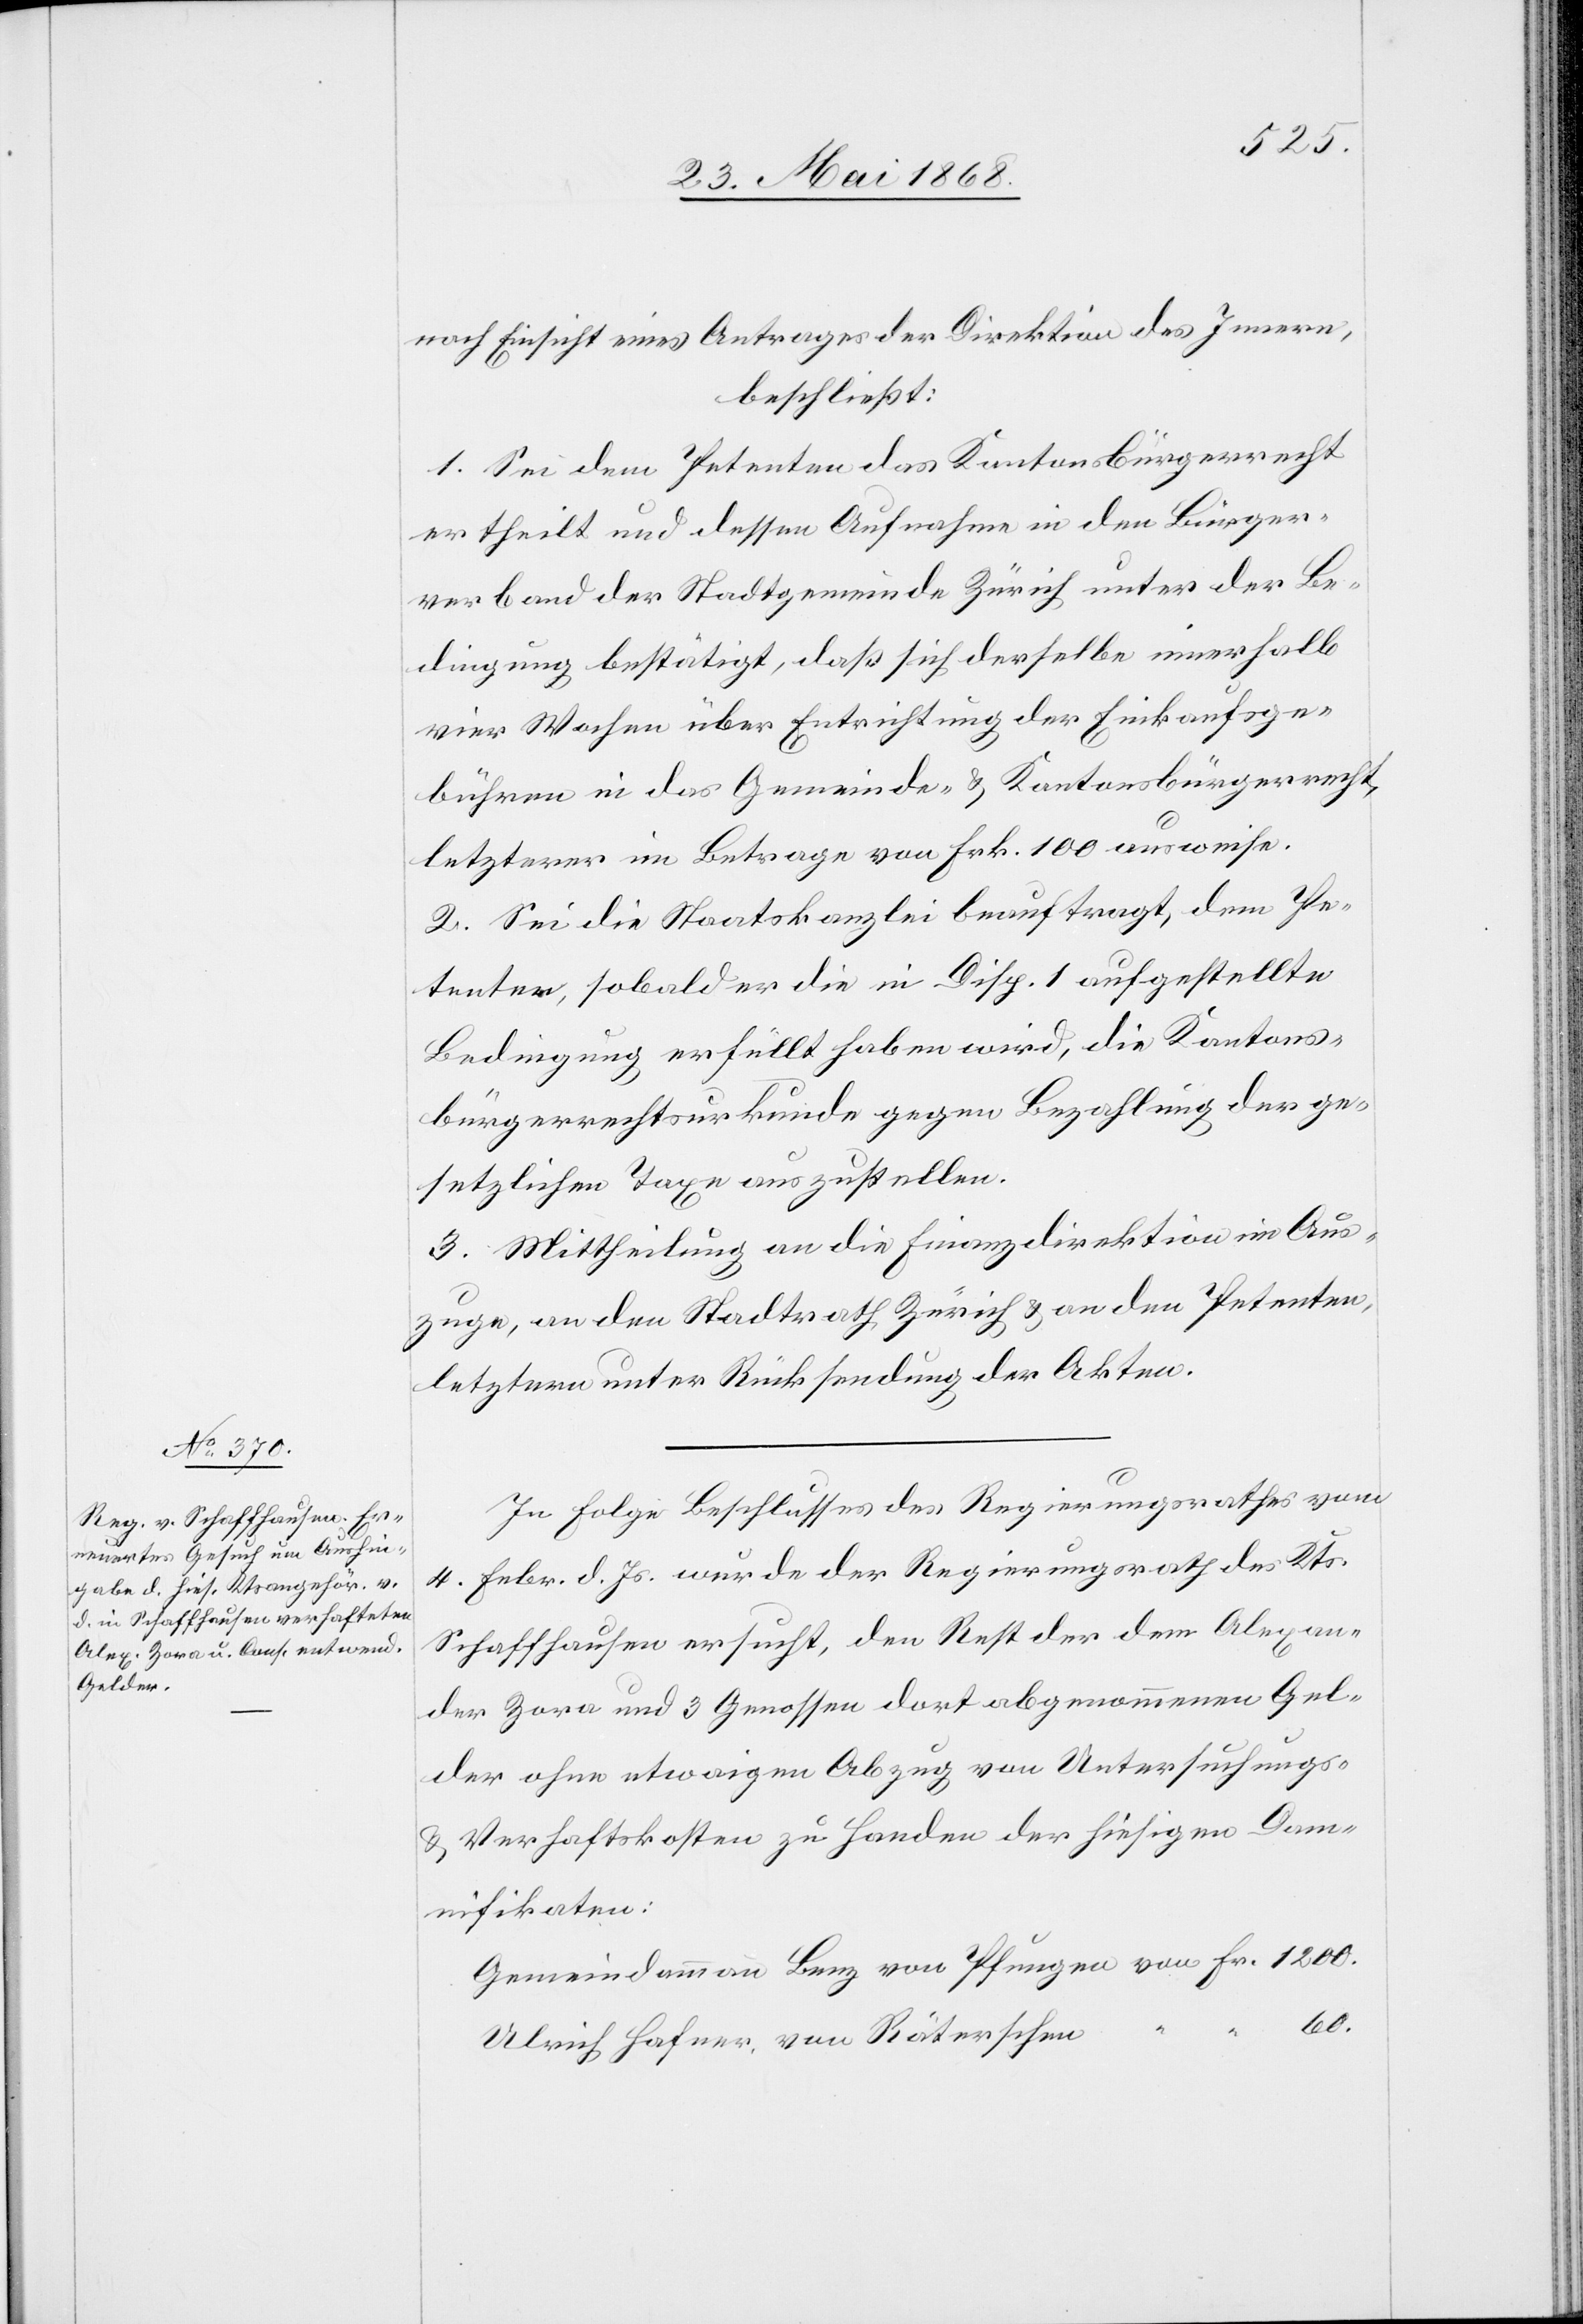
nach Einsicht eines Antrages der Direktion des Innern,
beschließt:
1. Sei dem Petenten das Kantonsbürgerrecht
ertheilt und dessen Aufnahme in den Bürger¬
verband der Stadtgemeinde Zürich unter der Be¬
dingung bestätigt, daß sich derselbe innerhalb
vier Wochen über Entrichtung der Einkaufsge¬
bühren in das Gemeinde- & Kantonsbürgerrecht,
letzterer im Betrage von Frk. 100 ausweise.
2. Sei die Staatskanzlei beauftragt, dem Pe¬
tenten, sobald er die in Disp. 1 aufgestellte
Bedingung erfüllt haben wird, die Kantons¬
bürgerrechtsurkunde gegen Bezahlung der ge¬
setzlichen Taxe auszustellen.
3. Mittheilung an die Finanzdirektion im Aus¬
zuge, an den Stadtrath Zürich & an den Petenten,
letztern unter Rücksendung der Akten.
In Folge Beschlusses des Regierungsrathes vom
4. Febr. d. Js. wurde der Regierungsrath des Kts.
Schaffhausen ersucht, den Rest der dem Alexan¬
der Zora und 3 Genossen dort abgenommenen Gel¬
der ohne etwaigen Abzug von Untersuchungs-
& Verhaftskosten zu Handen der hiesigen Dam¬
nifikaten:
Gemeindammann Benz von Pfungen von Fr. 1200.
60.
Ulrich Hafner, von Räterschen